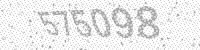
Solution: 575098